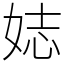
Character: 娡